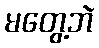
မတွေ့ဘဲ